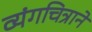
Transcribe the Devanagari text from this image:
व्यंगचित्राने